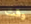
وقت